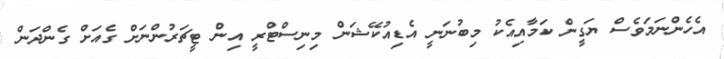
އެހެންނަމަވެސް ޔަގީން ކަމާއިއެކު މިބުނަނީ އެޑިއުކޭޝަން މިނިސްޓްރީ އިން ޓީޗަރުންނަށް ގެއަށް ގެންދަން